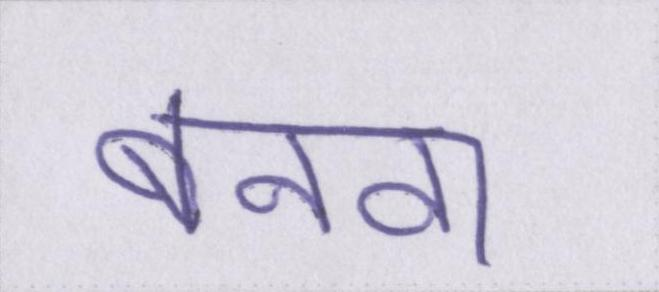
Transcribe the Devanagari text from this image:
बनवा